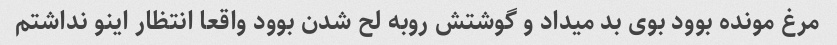
مرغ مونده بوود بوی بد میداد و گوشتش رو‌به لح شدن بوود واقعا انتظار اینو نداشتم